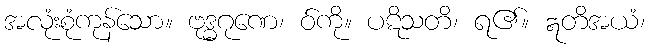
အလုံးစုံကုန်သော။ ဗုဒ္ဓဂုဏေ၊ ဝ်ကို။ ပဋိသတိ၊ ရ၏။ ဣတိအယံ၊